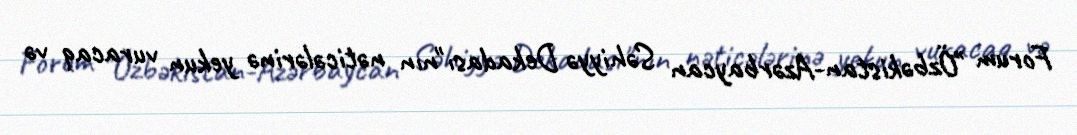
Forum "Özbəkistan-Azərbaycan Səhiyyə Dekadası"nın nəticələrinə yekun vuracaq və